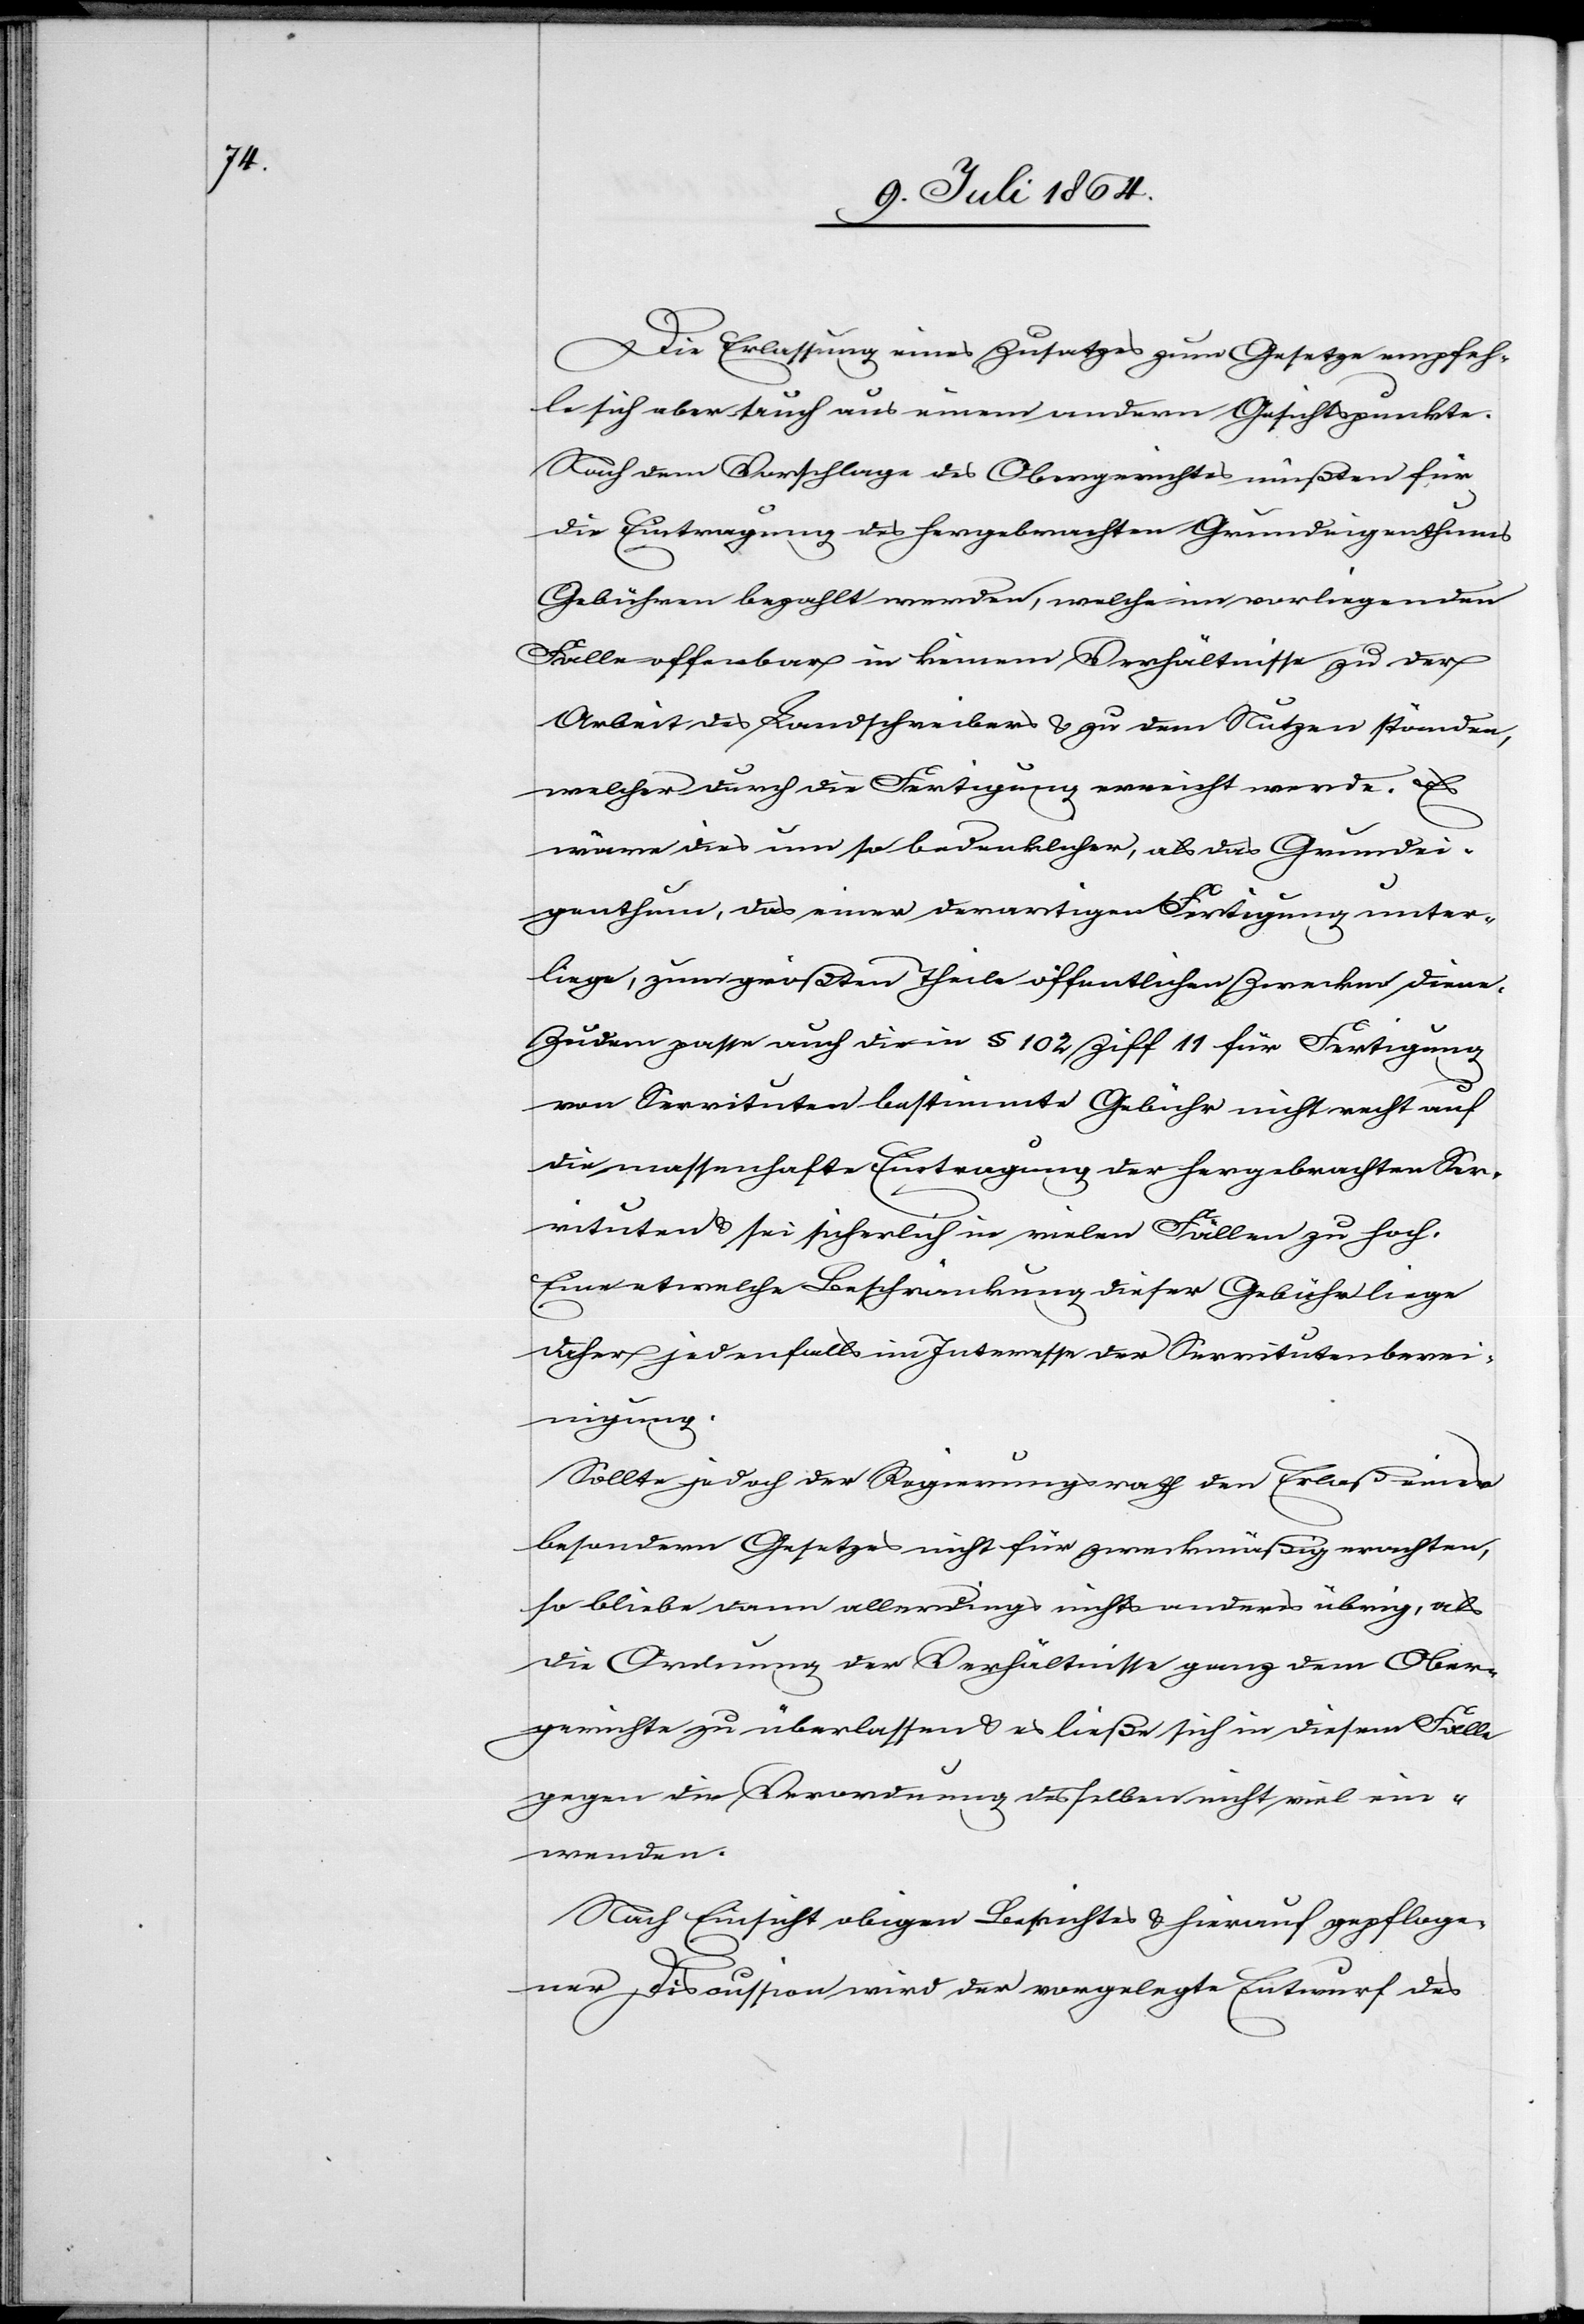
Die Erlassung eines Zusatzes zum Gesetze empfeh¬
le sich aber auch aus einem andern Gesichtspunkte.
Nach dem Vorschlage des Obergerichtes müßten für
die Eintragung des hergebrachten Grundeigenthums
Gebühren bezahlt werden, welche im vorliegenden
Falle offenbar in keinem Verhältnisse zu der
Arbeit des Landschreibers u. zu dem Nutzen ständen,
welcher durch die Fertigung erreicht werde. Es
wäre dies um so bedenklicher, als das Grundei¬
genthum, das einer derartigen Fertigung unter¬
liege, zum größten Theile öffentlichen Zwecken diene.
Zudem passe auch die in § 102 Ziff. 11 für Fertigung
von Servituten bestimmte Gebühr nicht recht auf
die massenhafte Eintragung der hergebrachten Ser¬
vituten u. sei sicherlich in vielen Fällen zu hoch.
Eine etwelche Beschränkung dieser Gebühr liege
daher jedenfalls im Interesse der Servitutenbere¬
inigung.
Sollte jedoch der Regierungsrath den Erlaß eines
besondern Gesetzes nicht für zweckmäßig erachten,
so bliebe dann allerdings nichts anderes übrig, als
die Ordnung der Verhältnisse ganz dem Ober¬
gerichte zu überlassen u. es ließe sich in diesem Falle
gegen die Verordnung desselben nicht viel ein¬
wenden.
Nach Einsicht obigen Berichtes u. hierauf gepfloge¬
ner Discussion wird der vorgelegte Entwurf des